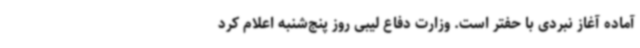
آماده آغاز نبردی با حفتر است. وزارت دفاع لیبی روز پنج‌شنبه اعلام کرد